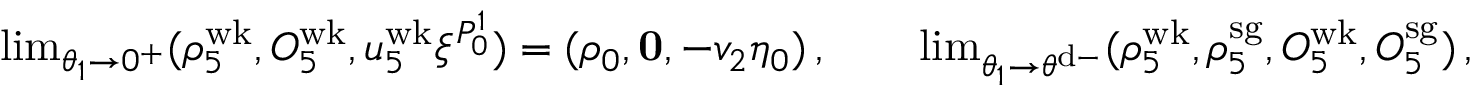
\begin{array} { r } { \operatorname* { l i m } _ { \theta _ { 1 } \to 0 ^ { + } } ( \rho _ { 5 } ^ { \mathrm { w k } } , O _ { 5 } ^ { \mathrm { w k } } , u _ { 5 } ^ { \mathrm { w k } } \xi ^ { P _ { 0 } ^ { 1 } } ) = ( \rho _ { 0 } , \mathbf { 0 } , - v _ { 2 } \eta _ { 0 } ) \, , \qquad \operatorname* { l i m } _ { \theta _ { 1 } \to \theta ^ { \mathrm { d - } } } ( \rho _ { 5 } ^ { \mathrm { w k } } , \rho _ { 5 } ^ { \mathrm { s g } } , O _ { 5 } ^ { \mathrm { w k } } , O _ { 5 } ^ { \mathrm { s g } } ) \, , } \end{array}